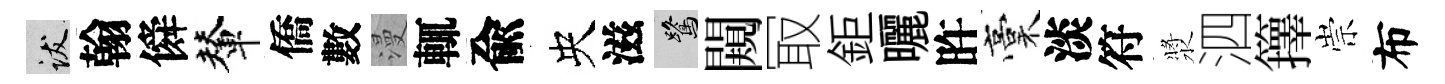
跋翰僢輦僑數漫輒兪央滋鷺闚冣鉅曬旿稾淡符漿泗籜崇布